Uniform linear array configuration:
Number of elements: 8
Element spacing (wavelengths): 1
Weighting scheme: blackman
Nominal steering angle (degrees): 45
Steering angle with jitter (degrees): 46.302
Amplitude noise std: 0.05
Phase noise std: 0.05

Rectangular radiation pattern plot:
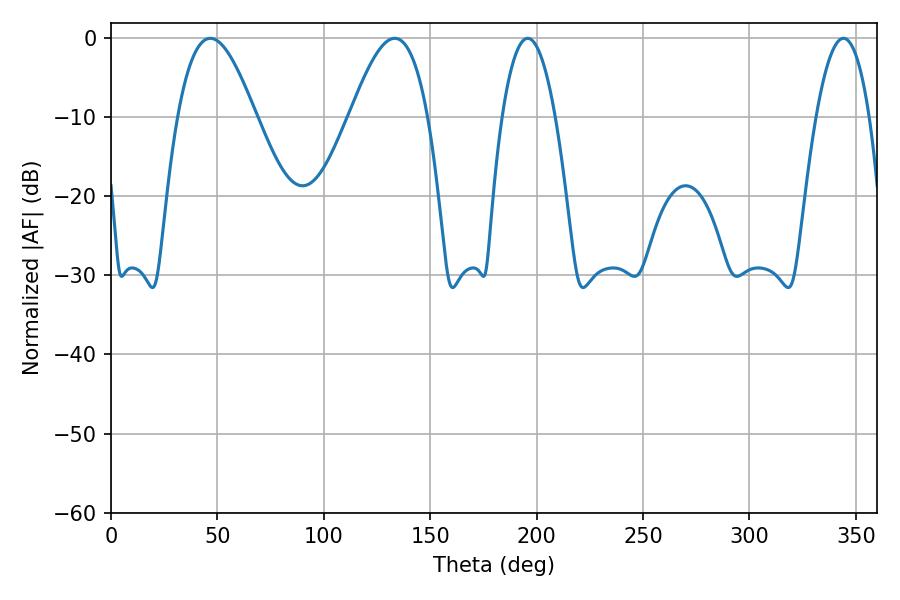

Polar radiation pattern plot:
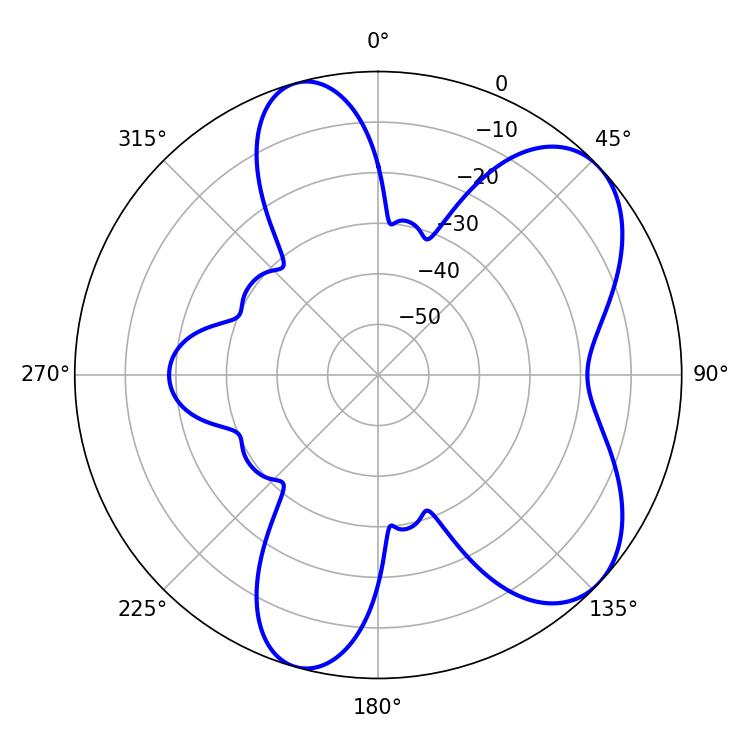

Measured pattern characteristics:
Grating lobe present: TRUE
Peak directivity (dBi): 6.775
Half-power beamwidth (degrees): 13.86
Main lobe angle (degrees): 195.84